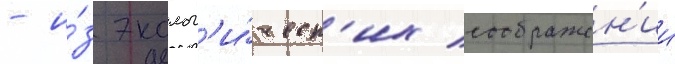
- и́з эколог'и́ческ'их соображен'ии